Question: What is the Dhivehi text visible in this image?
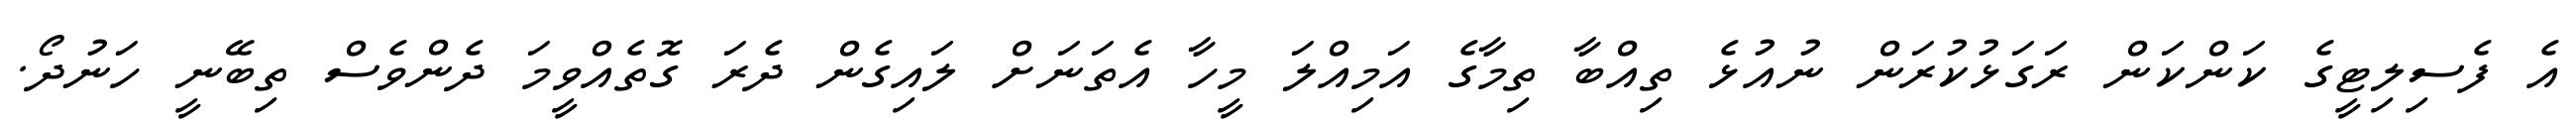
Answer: އެ ފެސިލިޓީގެ ކަންކަން ރަގަޅުކުރަން ނުއުޅެ ތިއްބާ ތިމާގެ އަމިއްލަ މީހާ އެތަނަށް ލައިގެން ދެރަ ގޮތެއްވީމަ ދެންވެސް ތިބޭނީ ހަނުދޯ.